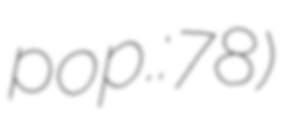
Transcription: pop.: 78)